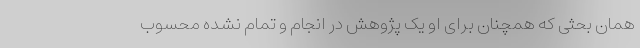
همان بحثی که همچنان برای او یک پژوهشِ در انجام و تمام نشده محسوب